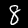
Label: 8